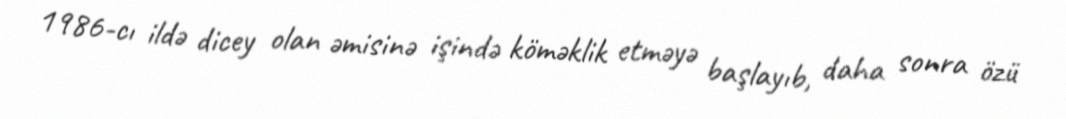
1986-cı ildə dicey olan əmisinə işində köməklik etməyə başlayıb, daha sonra özü